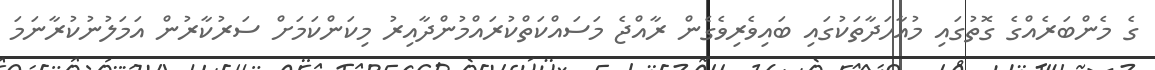
ގެ މެންބަރެއްގެ ގޮތުގައި މުއާހަދާތަކުގައި ބައިވެރިވެގެން ރާއްޖެ މަސައްކަތްކުރައްމުންދާއިރު މިކަންކަމަށް ސަރުކާރުން އަމަލުނުކުރާނަމަ